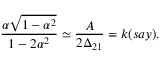
\frac { \alpha \sqrt { 1 - \alpha ^ { 2 } } } { 1 - 2 \alpha ^ { 2 } } \simeq \frac { A } { 2 \Delta _ { 2 1 } } = k ( s a y ) .